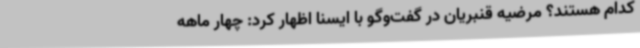
کدام هستند؟ مرضیه قنبریان در گفت‌وگو با ایسنا اظهار کرد: چهار ماهه